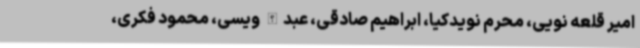
امیر قلعه نویی، محرم نویدکیا، ابراهیم صادقی، عبدالله ویسی، محمود فکری،